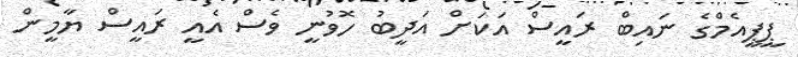
ޕީޕީއެމްގެ ނައިބް ރައީސް އަކަށް އަދީބު ހޮވުނީ ވެސް އެއީ ރައީސް ޔާމީން